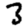
Digit: 3